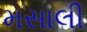
મસાલી